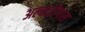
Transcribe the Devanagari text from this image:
अल्बारीगास